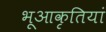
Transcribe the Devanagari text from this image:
भूआकृतियां